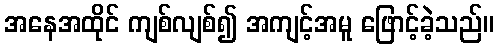
အနေအထိုင် ကျစ်လျစ်၍ အကျင့်အမူ ဖြောင့်ခဲ့သည်။